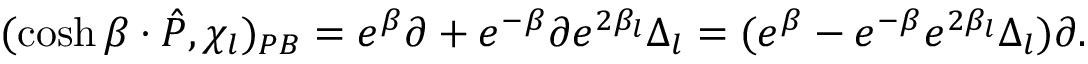
( \cosh \beta \cdot \hat { P } , \chi _ { l } ) _ { P B } = e ^ { \beta } \partial + e ^ { - \beta } \partial e ^ { 2 \beta _ { l } } \Delta _ { l } = ( e ^ { \beta } - e ^ { - \beta } e ^ { 2 \beta _ { l } } \Delta _ { l } ) \partial .